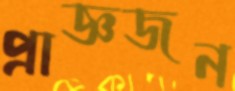
প্রাজ্ঞজন